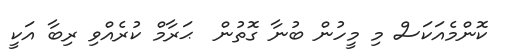
ކޮންމެއަކަސް މި މީހުން ބުނާ ގޮތުން  ޙަރާމް ކުރެއްވި ރިބާ އަކީ